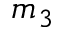
m _ { 3 }